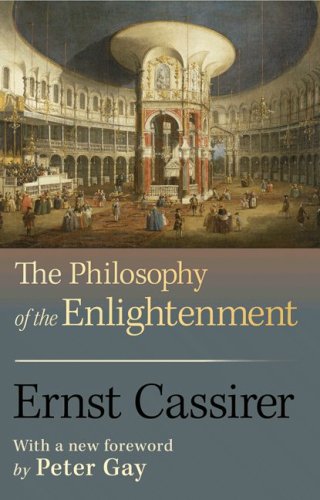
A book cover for The Philosophy of the Enlightenment; Ernst Cassirer; Politics & Social Sciences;